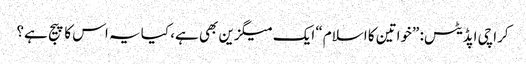
کراچی اپڈیٹس: ”خواتین کا اسلام“ ایک میگزین بھی ہے، کیا یہ اس کا پیج ہے؟